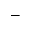
-